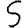
Digit: 5